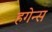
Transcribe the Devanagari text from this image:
हगेन्स